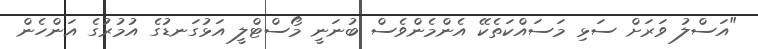
"އަސްލު ވަރަށް ސަޅި މަސައްކަތެކޭ އެންމެންވެސް ބުނަނީ މޯސްޓްލީ އަޅުގަނޑުގެ އުމުރުގެ އަންހެން